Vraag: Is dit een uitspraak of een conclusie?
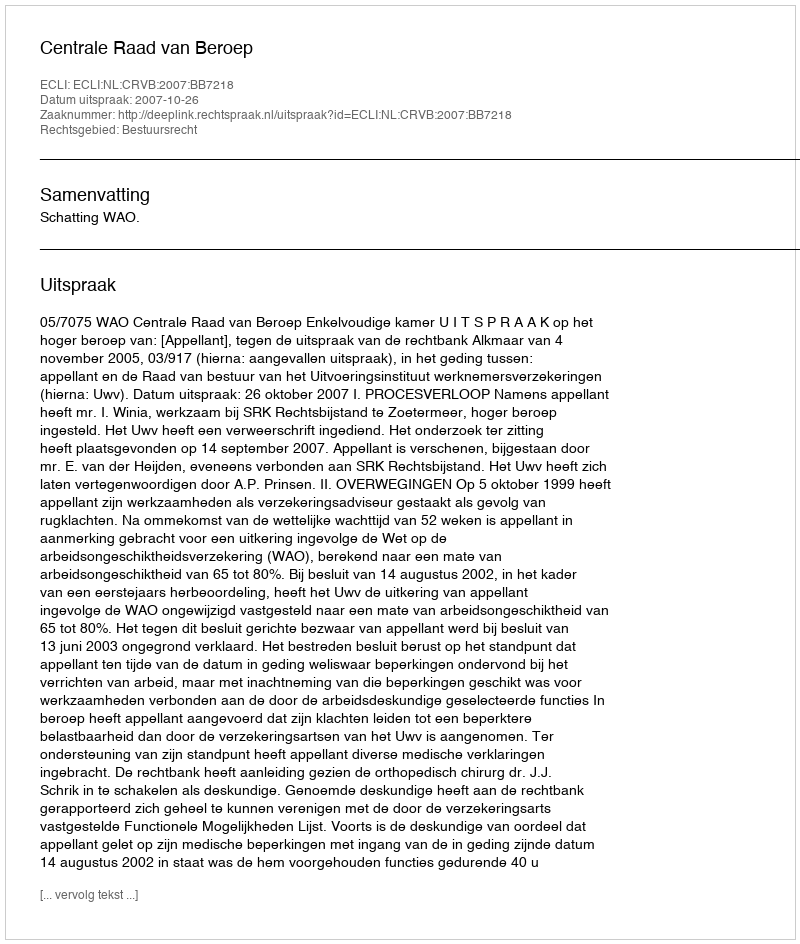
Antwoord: Uitspraak